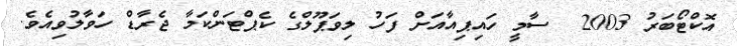
އޮކްޓޯބަރު 2003  ސާމީ ހައިޕިއާއަށް ފަހު ލިވަޕޫލްގެ ކެޕްޓަންކަމާ ޖެރާޑް ހަވާލުވިއެވެ.